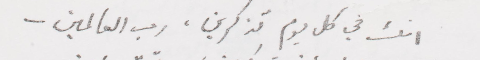
انت في كل يوم تذكرني، رب العالمين__